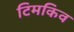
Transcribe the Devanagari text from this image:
टिमकिव